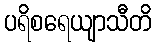
ပရိစရေယျာသီတိ